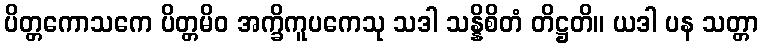
ပိတ္တကောသကေ ပိတ္တမိဝ အက္ခိကူပကေသု သဒါ သန္နိစိတံ တိဋ္ဌတိ။ ယဒါ ပန သတ္တာ